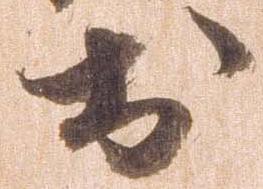
お